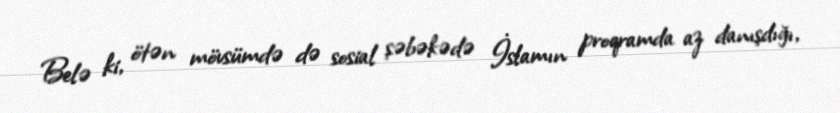
Belə ki, ötən mövsümdə də sosial şəbəkədə İslamın proqramda az danışdığı,